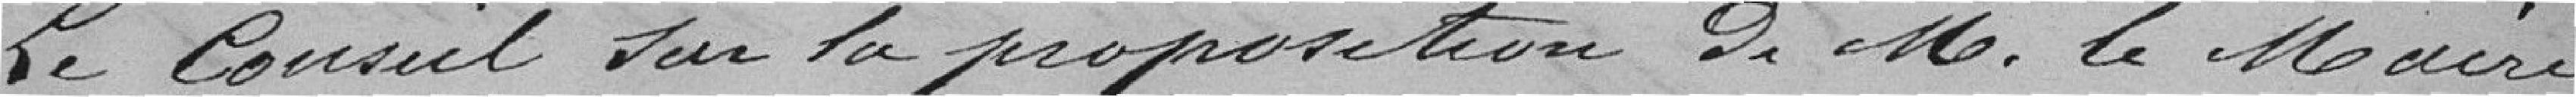
Le Conseil sur la proposition de Monsieur le Maire,